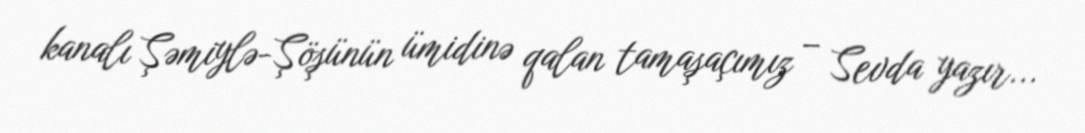
kanalı Şəmiylə-Şöşünün ümidinə qalan tamaşaçımız – Sevda yazır...